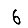
Digit: 6